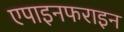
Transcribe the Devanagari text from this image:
एपाइनफराइन